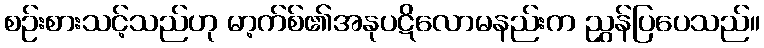
စဉ်းစားသင့်သည်ဟု မာ့က်စ်၏အနုပဋိလောမနည်းက ညွှန်ပြပေသည်။